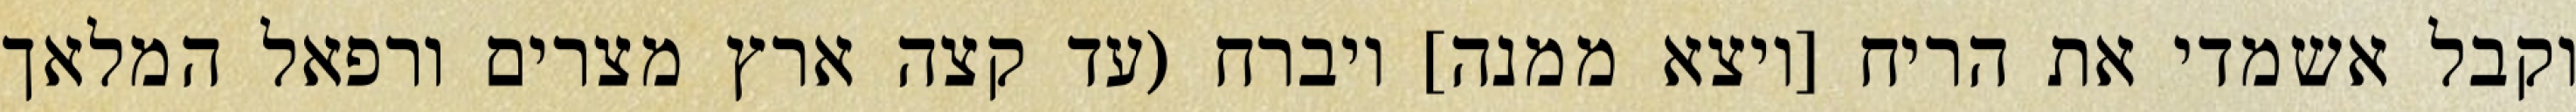
וקבל אשמדי את הריח [ויצא ממנה] ויברח (עד קצה ארץ מצרים ורפאל המלאך